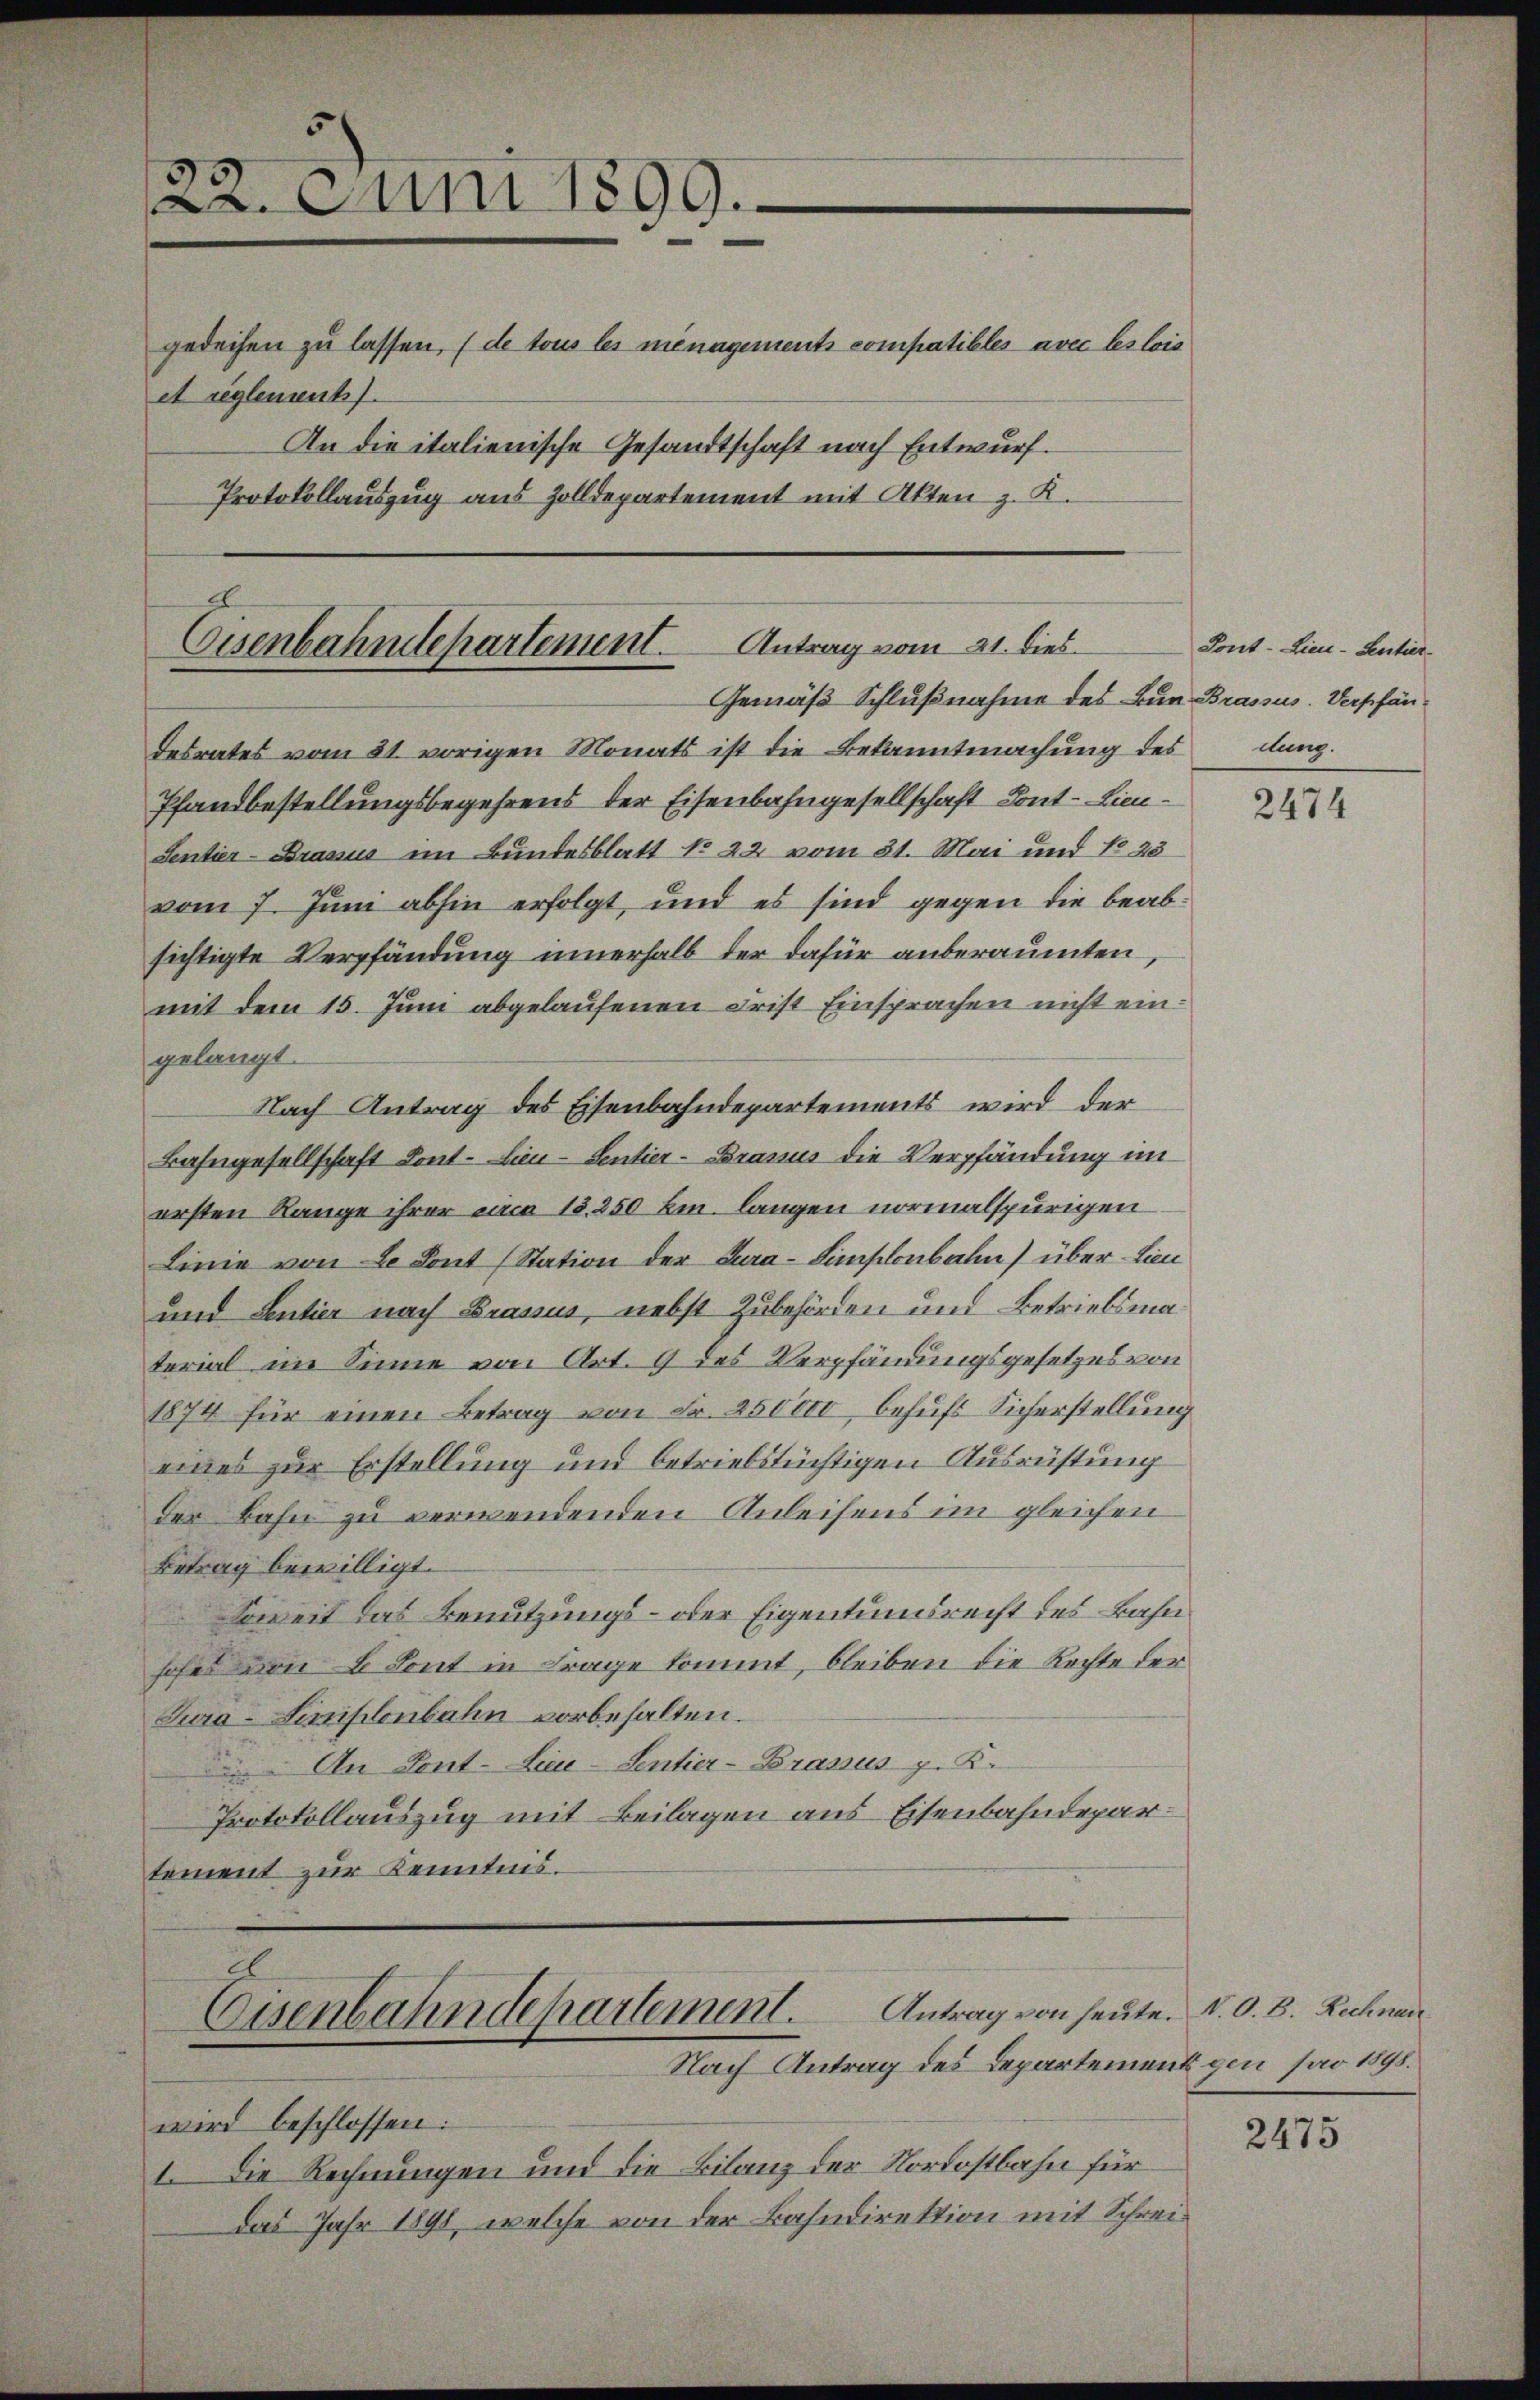
22. Juni 1899.
gedeihen zu lassen, (de tous les menagements compatibles avec les lois
et reglement.
An die italienische Gesandtschaft nach Entwurf.
Protokollauszug aus Zolldepartement mit Akten z. K.

E
Antrag vom 21. dies
Eisenbahndepartement.
Gemäß Schlußnahme des Bun Brassus. Verpfän¬

desrates vom 31. vorigen Monats ist die Bekanntmachung des dung.
Pfandbestellungsbegehrens der Eisenbahngesellschaft Kont-Lieu¬
Sentier-Brassus im Bundesblatt No 22 vom 31. Mai und No 23
vom 7. Juni abhin erfolgt, und es sind gegen die beabsichtigte Verpfändung innerhalb der dafür anberaumten,
mit dem 15. Juni abgelaufenen Frist Einsprachen nicht eingelangt.
Nach Antrag des Eisenbahndepartements wird der
Bahngesellschaft Kont-Lien-Sentier-Branus die Verpfändung im
ersten Range ihrer circa 15. 250 Em. langen normalspurigen
Linie von 2 Sont (Station der Cura-Simplonbahn) über Lien
und Sentier nach Brassus, nebst Zubehörden und Betriebsmaterial im Sinne von Art. 9 des Verpfändungsgesetzes von
1874 für einen Betrag von Fr. 2500 behufs Sicherstellung
eines zur Erstellung und betriebstüchtigen Ausrüstung
der Bahn zu verwendenden Anleihens im gleichen
Betrag bewilligt.
Soweit das Benutzungs- oder Eigentumsrecht des Bahn
hofes von 4 Sont in Frage kommt, bleiben die Rechte der
Jura-Linistenbahn vorbehalten.
An Pont. Lieu-Sentier-Brassus p. K.
Protokollauszug mit Beilagen aus Eisenbahndepartoment zur Kenntnis.

Eisenbahndepartement. Antrag von heute. N. O. B. Rechnen
Nach Antrag des Departement gen sao 1895.

Tont-Lieu-Sentier

wird beschlossen:
1. Die Rechnungen und die Bilanz der Nordostbahn für
das Jahr 1898, welche von der Bahndirektion mit Schrei¬

2474

2475